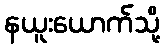
နယူးယောက်သို့